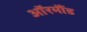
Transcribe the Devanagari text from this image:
ऑरमौंड